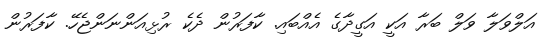
އަލްވަލާ ވަލް ބަރާ އަކީ އަގީދާގެ އެއްބައި. ކާފަރުން ދެކެ ރުޅިއަންނަންޖެހޭ. ކާފަރުން